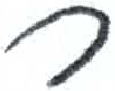
אות: ר